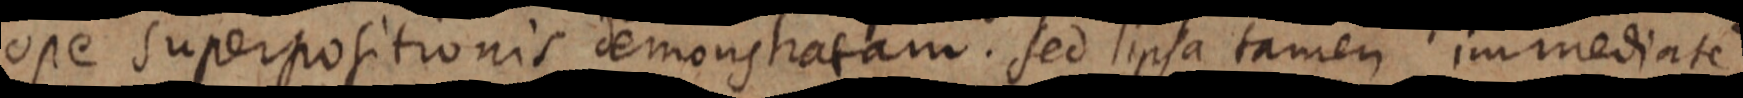
ope superpositionis demonstratam. Sed ipsa tamen immediate